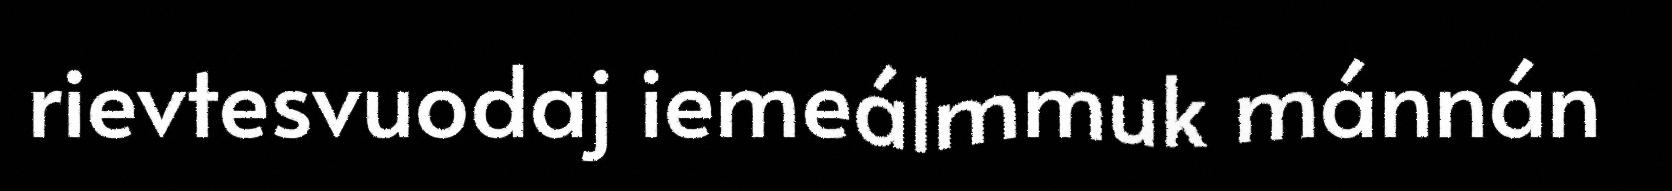
rievtesvuodaj iemeálmmuk mánnán